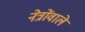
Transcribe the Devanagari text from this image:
नेत्रोंवाले